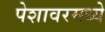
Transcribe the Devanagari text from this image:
पेशावरमध्ये